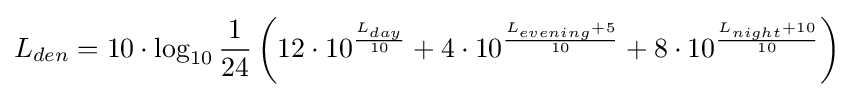
L_{den}=10\cdot \log _{10}{\frac {1}{24}}\left(12\cdot 10^{\frac {L_{day}}{10}}+4\cdot 10^{\frac {L_{evening}+5}{10}}+8\cdot 10^{\frac {L_{night}+10}{10}}\right)